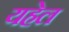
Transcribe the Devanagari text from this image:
यहेल